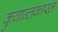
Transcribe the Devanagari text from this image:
कुवान्तकास्त